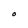
Character: O